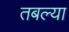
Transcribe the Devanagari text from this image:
तबल्या